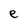
Character: e